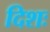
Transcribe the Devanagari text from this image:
दिशः